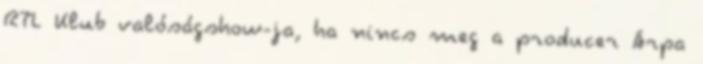
RTL Klub valóságshow-ja, ha nincs meg a producer Árpa